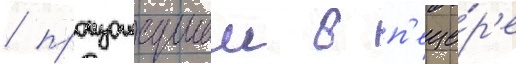
/ произошедшеи в п'еще́р'е